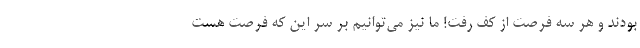
بودند و هر سه فرصت از کف رفت! ما نیز می‌توانیم بر سر این که فرصت هست